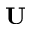
\mathbf { U }